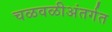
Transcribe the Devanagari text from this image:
चळवळीअंतर्गत